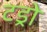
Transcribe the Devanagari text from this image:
टड्रो